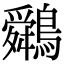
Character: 䴄